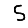
Digit: 5